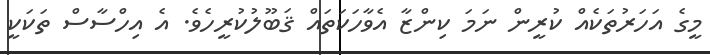
މީގެ އަހަރުތަކެއް ކުރީން ނަމަ ކިންޒާ އެވާހަކަތައް ޤަބޫލުކުރީހެވެ. އެ އިހްސާސް ތަކަކީ